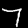
Label: 7